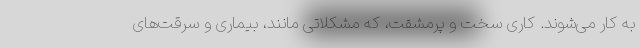
به کار می‌شوند. کاری سخت و پرمشقت، که مشکلاتی مانند، بیماری و سرقت‌های